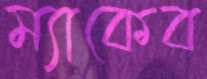
ম্যাকেব